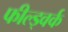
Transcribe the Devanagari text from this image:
फील्ड्वर्क